Annual report on the working of the lock hospitals in the Central Provinces
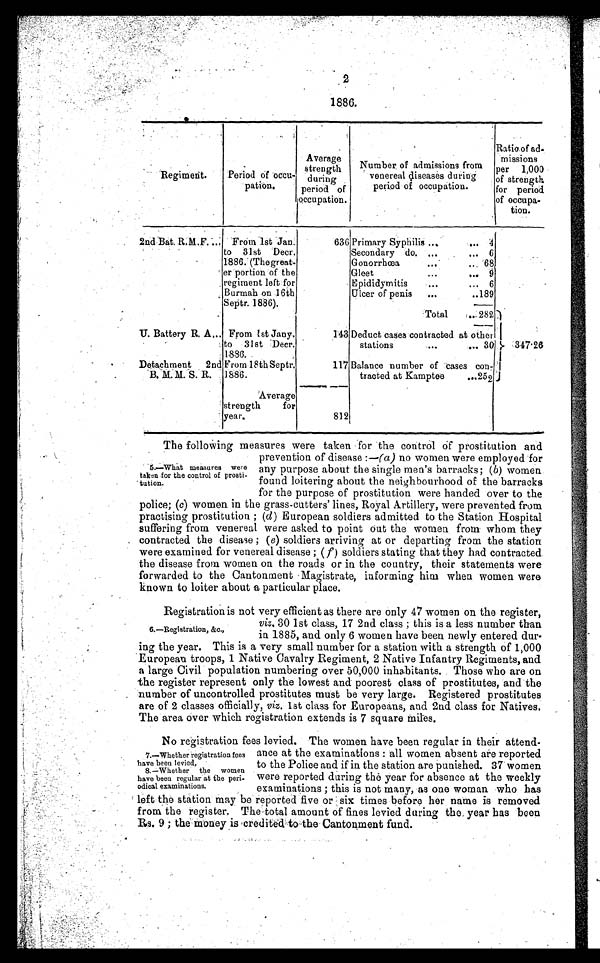
2
1886.
Regiment.
Period of occu-
patron.
Average
strength
during
period of
occupation.
Num.ber of.admissions.from
venereal diseases during
period of occupation.
Ratio.of.ad
mission
per 1,000
of strength
for period
of occupa-
tion.
2nd.' Bat.R.M.F... From 1st Jan
to 31st Decr
1886. (The.great-
er.portion of the
regiment left for
Burmah on .16th
Septr. 1886).
636 Primary Syphilis ....
4
Secondary do. ...
. . . 6
Gonorrhœa
... 68
Gleet
... .
9
Epididymitis
...
... 6
Ulcer of penis ...
..189
Total
. . . . . 2821
U. Battery R. A... From 1st Jany
to 31st Deer
, 1 8 8 6 . .
143 Deduct cases contracted.at
stations......
other
30 }347-26
I
Detachment 2nd
' B.M. M. S. R.
From 18th Septr.
1886.
117 Balance number of cases
traded at Kamptee...252
con-
Average
strengt for
year.
812
The following measures were taken for the control of prostitution and
prevention of disease :—(a) no women were employed for
any purpose about the single men's barracks; (b) women
found loitering about the neighbourhood of the barracks
for the purpose of prostitution were handed over to the
police; (c) women in the grass-cutters' lines, Royal Artillery, were prevented from
practising prostitution; (d) European soldiers admitted to the Station Hospital
suffering from venereal were asked to point out the women from whom they
contracted the disease; (e) soldiers arriving at or departing from the station
were examined for venereal disease;( f ) soldiers stating that they had contracted.
the disease from women on the roads or in the country, their statements were
forwarded to the Cantonment.Magistrate, informing him when women were
known to loiter about a particular place.
Registration is not very efficient as there are only 47 women on the register,
viz. 30 1st class, 17 2nd class;this is a less number than
in 1885, and only 6 women have been newly entered dur-
ing the year. This is a very small number for a station with a strength of 1,000
European troops, 1 Native Cavalry Regiment, 2 Native Infantry Regiments, and.
a large Civil population numbering over 50,000 inhabitants. Those who are on
the register represent only the lowest and poorest class of prostitutes, and the
number of uncontrolled prostitutes must be very large. Registered prostitutes
are of 2 classes officially, viz. 1st class for Europeans, and 2a class for Natives.
The area over which registration extends is 7 square mites.
No registration fees levied. The women have been regular in their attend-
ance at the examinations:all women absent are reported
to the Police and if in the station are punished. 37 women
were reported during the year for absence at the weekly
examinations;this is not many, as one woman who has
left the station may be reported five or six times before her name is removed
from the register. The total amount of fines levied during the year has been
Rs. 9;the money is -credited to the Cantonment fund.
5.—What measures were
taken for the control of prosti-
tution.
6.—Registration,&c.,
7.—Whether registration fees
have been levied,
8.—Whether the women
have been regular at the peri-
odical examinations.